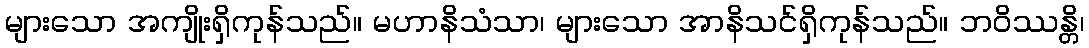
များသော အကျိုးရှိကုန်သည်။ မဟာနိသံသာ၊ များသော အာနိသင်ရှိကုန်သည်။ ဘဝိဿန္တိ၊